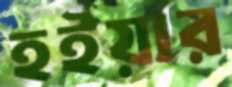
হইয়ার